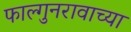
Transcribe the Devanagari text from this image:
फाल्गुनरावाच्या